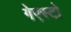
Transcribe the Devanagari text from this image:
गेएस्टो